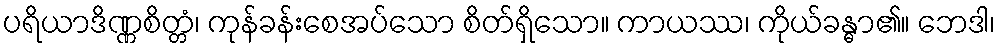
ပရိယာဒိဏ္ဏစိတ္တံ၊ ကုန်ခန်းစေအပ်သော စိတ်ရှိသော။ ကာယဿ၊ ကိုယ်ခန္ဓာ၏။ ဘေဒါ၊